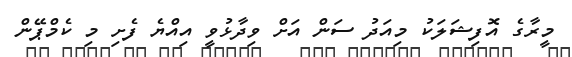
މީރާގެ އޮފިޝަލަކު މިއަދު ސަން އަށް ވިދާޅުވީ އިއްޔެ ފެށި މި ކެމްޕޭން